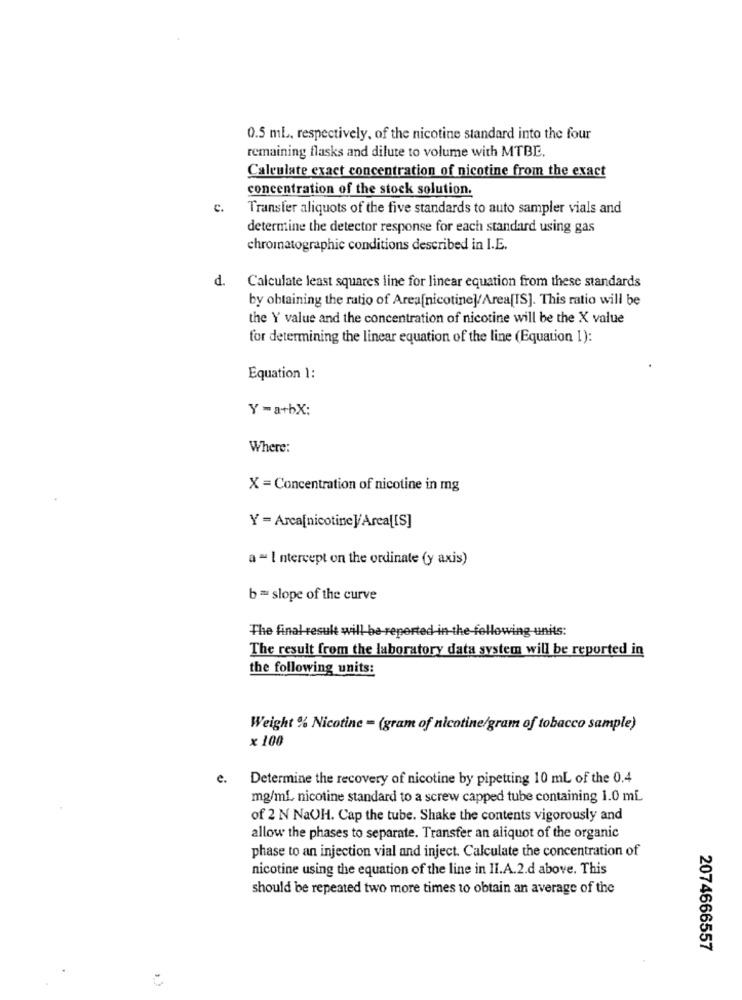
0.5 mL, respectively, of the nicotine standard into the four
remaining flasks and dilute to volume with MTBE.
Calculate exact concentration of nicotine from the exact
concentration of the stock solution.
c.
Transfer aliquots of the five standards to auto sampler vials and
determine the detector response for each standard using gas
chromatographie conditions described in I.E.
d.
Calculate least squares line for linear equation from these standards
by obtaining the ratio of Area[nicotine]/Area[IS]. This ratio will be
the Y value and the concentration of nicotine will be the X value
for determining the linear equation of the line (Equation 1):
Equation 1:
Y-a+bX:
Where:
X = Concentration of nicotine in mg
Y = Arca[nicotine ]/Area[[S]
a ~ Intercept on the ordinate (y axis)
b = slope of the curve
The final result w
he-following units:
The result from the laboratory data system will be reported in
the following units:
Weight % Nicotine = (gram of nicotine/gram of tobacco sample)
× 100
e.
Determine the recovery of nicotine by pipetting 10 ml of the 0.4
mg/ml, nicotine standard to a screw capped tube containing 1.0 ml
of 2 N NaOH. Cap the tube. Shake the contents vigorously and
allow the phases to separate. Transfer an aliquot of the organic
phase to an injection vial and inject. Calculate the concentration of
nicotine using the equation of the line in II.A.2.d above. This
should be repeated two more times to obtain an average of the
2074666557